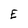
Character: E